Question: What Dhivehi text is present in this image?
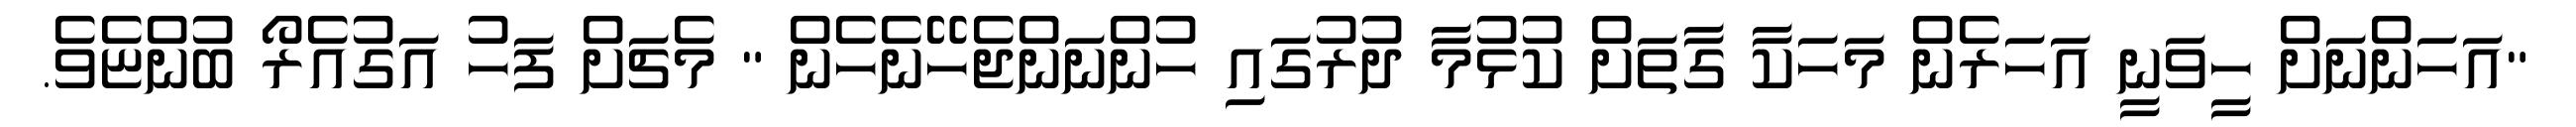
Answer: "އަހަންނަށް ހީވަނީ އަހަރެން މަހަކާ ގާތަށް ކުޅުމާ ދުރުގައި ހުންނަންޖެހޭނެހެން " މެޗަށް ފަހު އަގުއެރޯ ބުންޏެވެ.